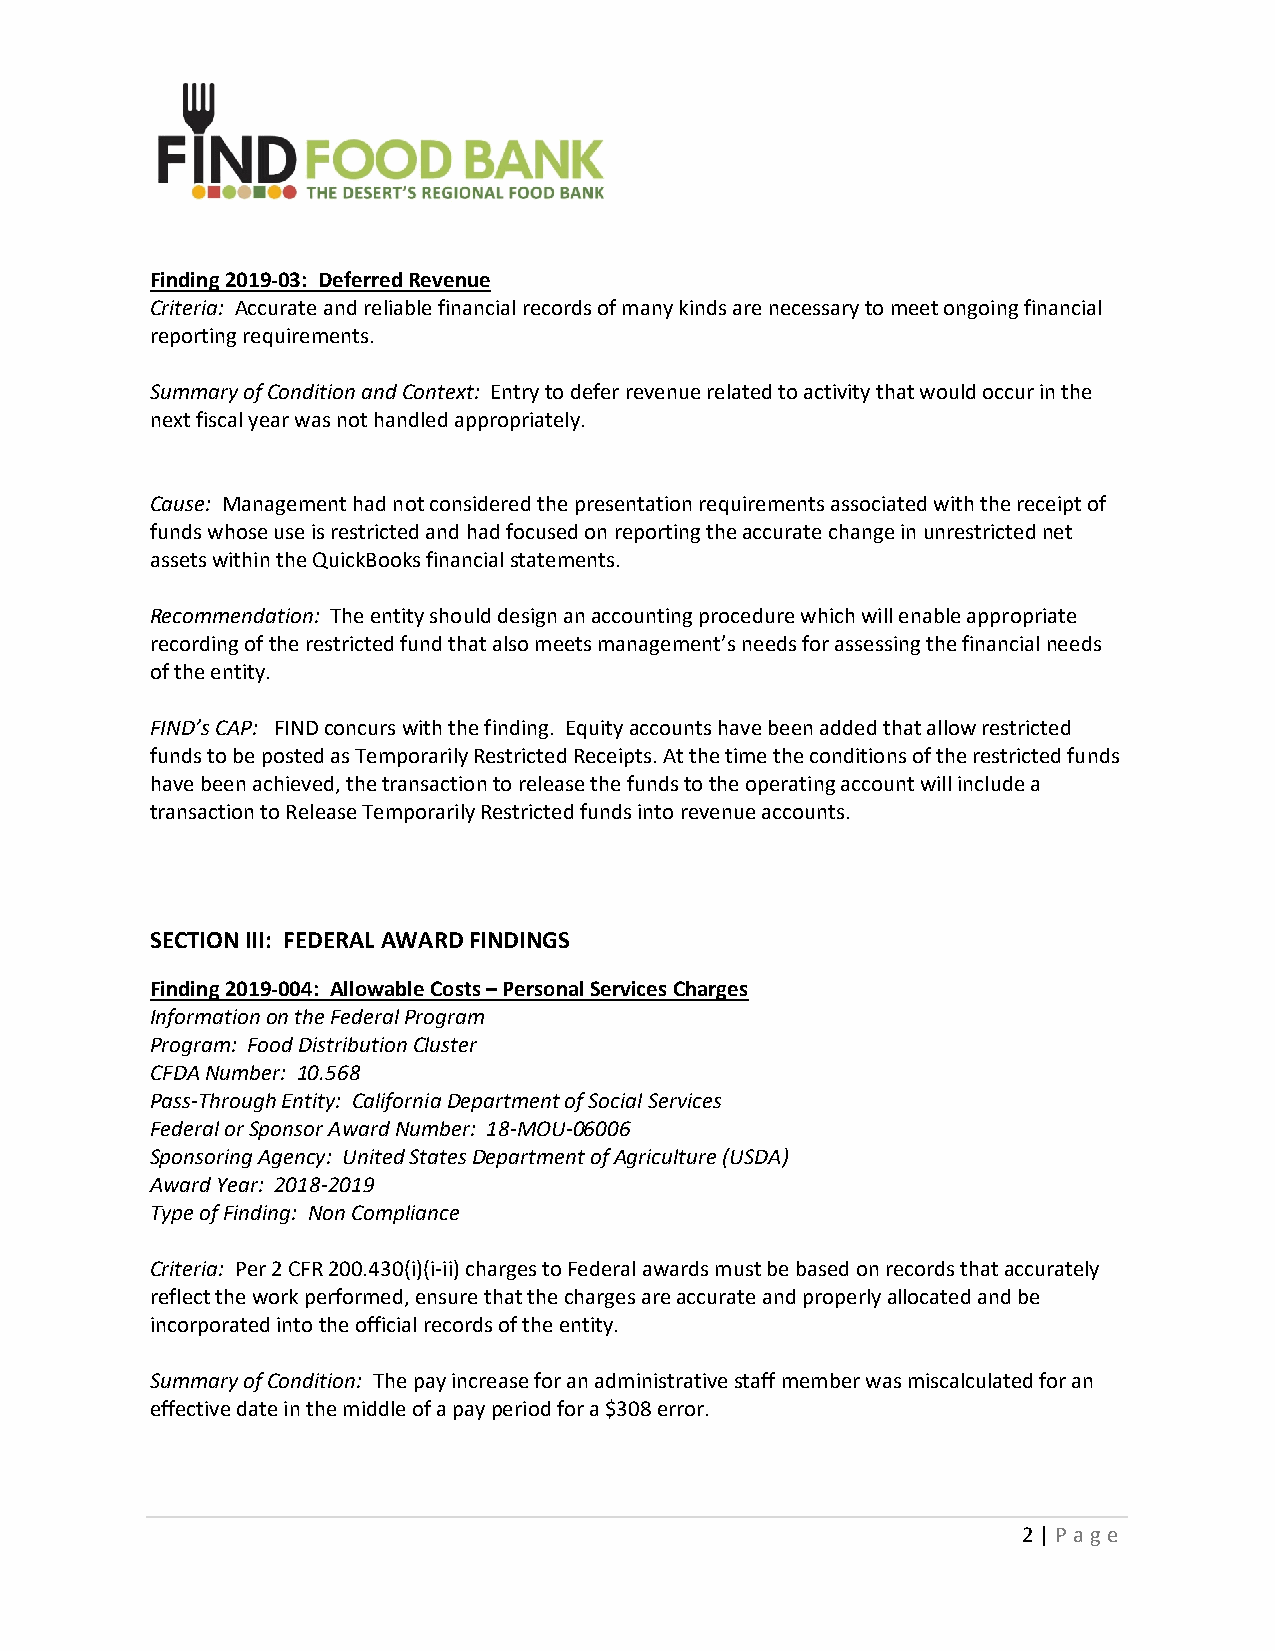
Finding 2019‐03: Deferred Revenue
 Criteria: Accurate and reliable financial records of many kinds are necessary to meet ongoing financial
 reporting requirements.
 Summary of Condition and Context: Entry to defer revenue related to activity that would occur in the
 next fiscal year was not handled appropriately.
 Cause: Management had not considered the presentation requirements associated with the receipt of
 funds whose use is restricted and had focused on reporting the accurate change in unrestricted net
 assets within the QuickBooks financial statements.
 Recommendation: The entity should design an accounting procedure which will enable appropriate
 recording of the restricted fund that also meets management’s needs for assessing the financial needs
 of the entity.
 FIND’s CAP: FIND concurs with the finding. Equity accounts have been added that allow restricted
 funds to be posted as Temporarily Restricted Receipts. At the time the conditions of the restricted funds
 have been achieved, the transaction to release the funds to the operating account will include a
 transaction to Release Temporarily Restricted funds into revenue accounts.
 SECTION III: FEDERAL AWARD FINDINGS
 Finding 2019‐004: Allowable Costs – Personal Services Charges
 Information on the Federal Program
 Program: Food Distribution Cluster
 CFDA Number: 10.568
 Pass‐Through Entity: California Department of Social Services
 Federal or Sponsor Award Number: 18‐MOU‐06006
 Sponsoring Agency: United States Department of Agriculture (USDA)
 Award Year: 2018‐2019
 Type of Finding: Non Compliance
 Criteria: Per 2 CFR 200.430(i)(i‐ii) charges to Federal awards must be based on records that accurately
 reflect the work performed, ensure that the charges are accurate and properly allocated and be
 incorporated into the official records of the entity.
 Summary of Condition: The pay increase for an administrative staff member was miscalculated for an
 effective date in the middle of a pay period for a $308 error.
 2 | P a g e